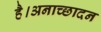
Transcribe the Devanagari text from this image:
है।अनाच्छादन